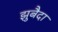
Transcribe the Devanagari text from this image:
झुबैदा